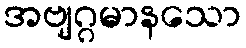
အဗျဂ္ဂမာနသော